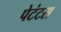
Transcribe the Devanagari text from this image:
पेटंटस